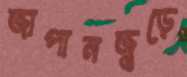
জাপানজুড়ে